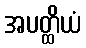
အပတ္ထိယံ